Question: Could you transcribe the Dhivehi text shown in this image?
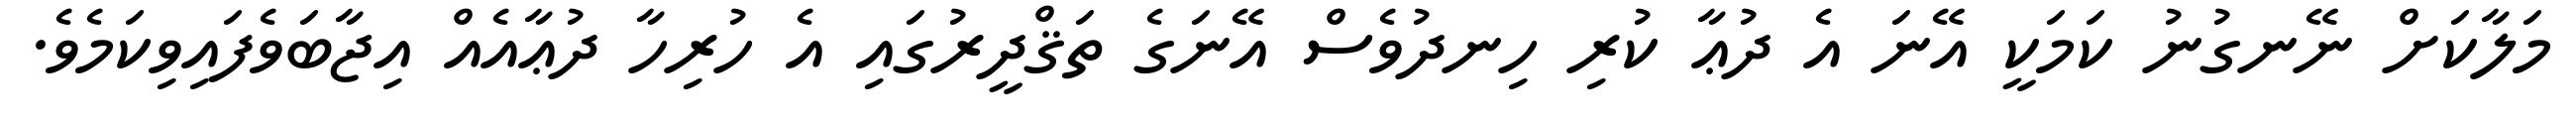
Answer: މަލާކަށް ނޭނގުނު ކަމަކީ އޭނަ އެ ދުޢާ ކުރި ހިނދުވެސް އޭނަގެ ތަޤްދީރުގައި އެ ހުރިހާ ދުޢާއެއް އިޖާބަވެފައިވިކަމެވެ.